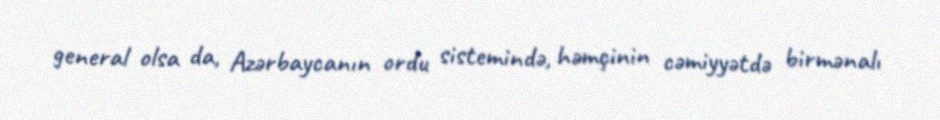
general olsa da, Azərbaycanın ordu sistemində, həmçinin cəmiyyətdə birmənalı